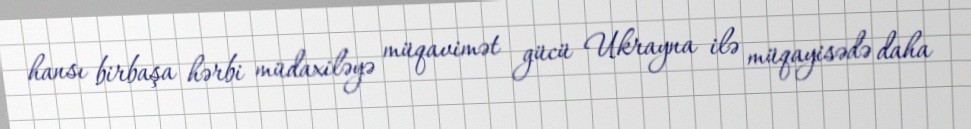
hansı birbaşa hərbi müdaxiləyə müqavimət gücü Ukrayna ilə müqayisədə daha